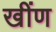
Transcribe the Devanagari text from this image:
खींण